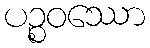
ပဉ္စဝဿော